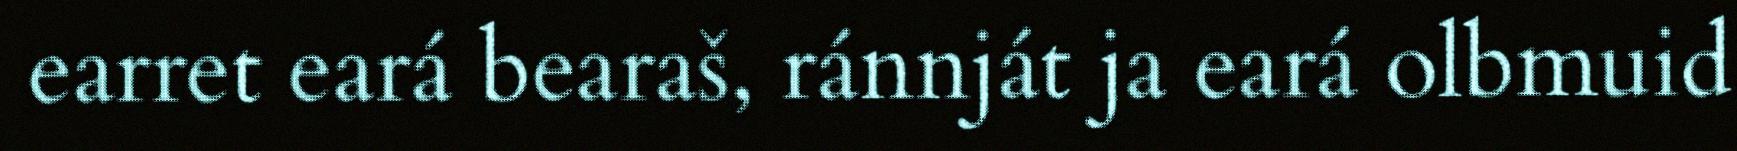
earret eará bearaš, ránnját ja eará olbmuid